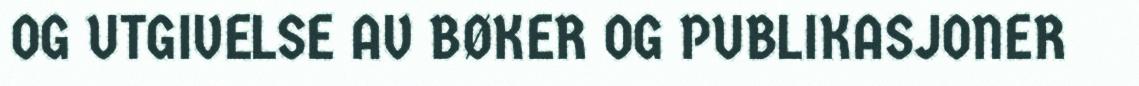
OG UTGIVELSE AV BØKER OG PUBLIKASJONER